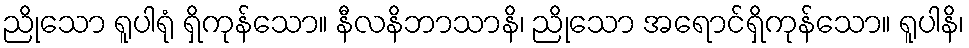
ညိုသော ရူပါရုံ ရှိကုန်သော။ နီလနိဘာသာနိ၊ ညိုသော အရောင်ရှိကုန်သော။ ရူပါနိ၊